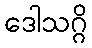
ဒေါသဂ္ဂိ